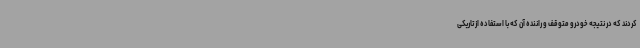
کردند که در نتیجه خودرو متوقف و راننده آن که با استفاده از تاریکی